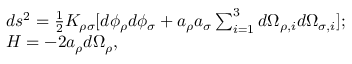
\begin{array} { l c r } { { d s ^ { 2 } = { \frac { 1 } { 2 } } K _ { \rho \sigma } [ d \phi _ { \rho } d \phi _ { \sigma } + a _ { \rho } a _ { \sigma } \sum _ { i = 1 } ^ { 3 } d \Omega _ { \rho , i } d \Omega _ { \sigma , i } ] ; } } \\ { { H = - 2 a _ { \rho } d \Omega _ { \rho } , } } \end{array}